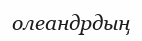
олеандрдың